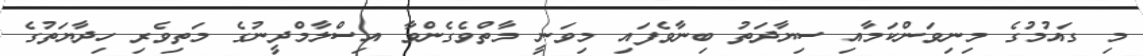
މި ގައުމުގެ މިނިވަންކަމާއި ސިޔާދަތު ބިނާވެފައި މިވަނީ މާތްވެގެންވާ އިސްލާމްދީނުގެ މަތިވެރި ހިދާޔަތުގެ